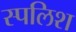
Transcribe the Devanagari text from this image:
स्पलिश